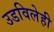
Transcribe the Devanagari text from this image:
उडविलेही